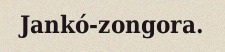
Jankó-zongora.